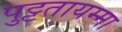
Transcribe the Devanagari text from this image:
पुट्टतायम्मा